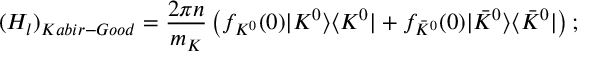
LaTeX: ( H _ { l } ) _ { K a b i r - G o o d } = \frac { 2 \pi n } { m _ { K } } \left( f _ { K ^ { 0 } } ( 0 ) | K ^ { 0 } \rangle \langle K ^ { 0 } | + f _ { \bar { K } ^ { 0 } } ( 0 ) | \bar { K } ^ { 0 } \rangle \langle \bar { K } ^ { 0 } | \right) ;